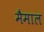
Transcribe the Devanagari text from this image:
मैमाल